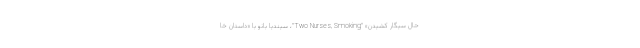
حال سیگار کشیدن» "Two Nurses, Smoking"، سیندیا بانو با «داستان خا